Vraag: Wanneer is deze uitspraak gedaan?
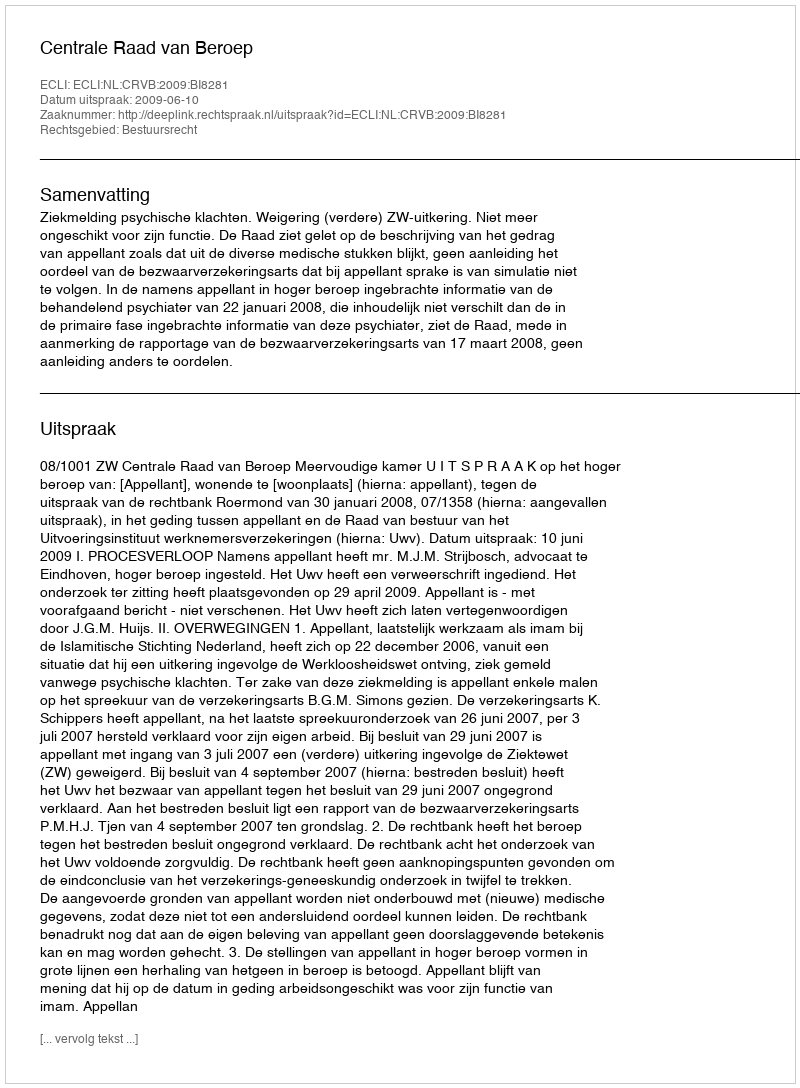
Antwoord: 2009-06-10